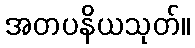
အတပနိယသုတ်။